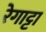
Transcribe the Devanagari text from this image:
रेगाट्टा